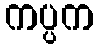
ကပ္ပက